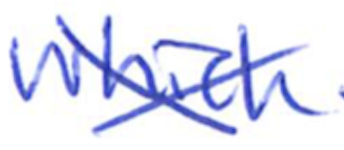
Text: which
Cross-out: cross
Writing tool: ballpoint